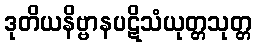
ဒုတိယနိဗ္ဗာနပဋိသံယုတ္တသုတ္တ